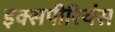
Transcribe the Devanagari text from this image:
इक्सपीरियंस